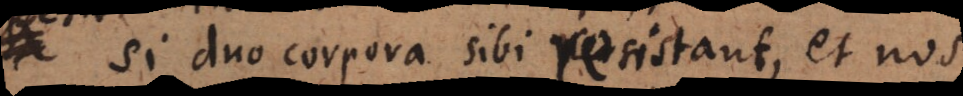
Si duo corpora sibi resistant, et nos